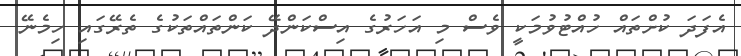
އެފަދަ ކުށްތައް ހުއްޓުވުމަކީ ވެސް މި އަހަރުގެ އިސްކަންދޭ ކަންތައްތަކުގެ ތެރޭގައި ހިމެނޭ